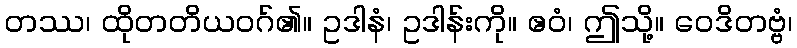
တဿ၊ ထိုတတိယဝဂ်၏။ ဥဒါနံ၊ ဥဒါန်းကို။ ဧဝံ၊ ဤသို့။ ဝေဒိတဗ္ဗံ၊